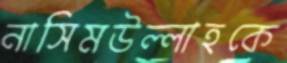
নাসিমউল্লাহকে